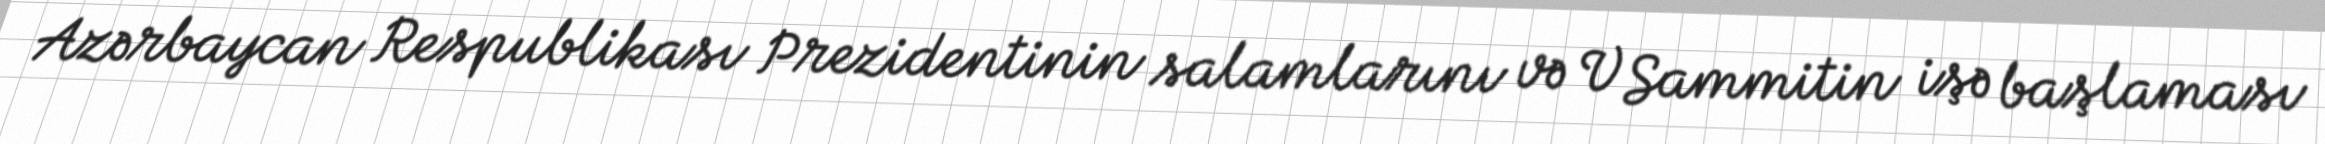
Azərbaycan Respublikası Prezidentinin salamlarını və V Sammitin işə başlaması